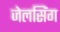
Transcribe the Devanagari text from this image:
जेलसिंग